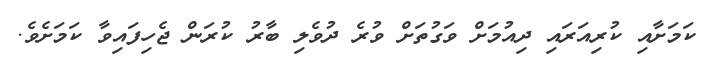
ކަމަށާއި ކުރިއަރައި ދިއުމަށް ވަގުތަށް ވުރެ ދުވެލި ބާރު ކުރަން ޖެހިފައިވާ ކަމަށެވެ.